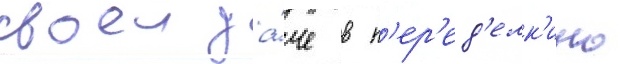
своеи да́че в п'ер'ед'елк'ино